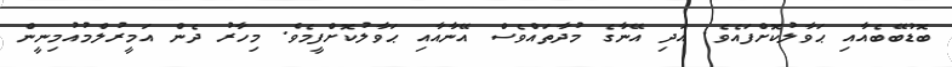
ބޮޑުބޭބެއާއި ޙަވާލުކޮށްފައެވެ. އަދި އޭނާގެ މުދާތައްވެސް އޭނާއާއި ޙަވާލުކޮށްފީމެވެ. މިހާރު ދެން އަމީރުލްމުއުމިނީން